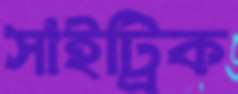
সাইট্রিক